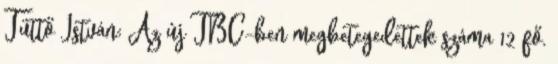
Tüttő István: Az új TBC-ben megbetegedettek száma 12 fő.